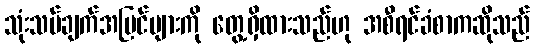
သုံးသပ်ချက်အမြင်များကို တွေ့ရှိထားသည်ဟု အစီရင်ခံစာကဆိုသည်